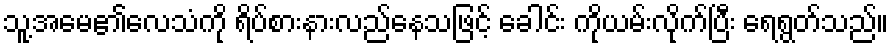
သူ့အမေ၏လေသံကို ရိပ်စားနားလည်နေသဖြင့် ခေါင်း ကိုယမ်းလိုက်ပြီး ရေရွတ်သည်။